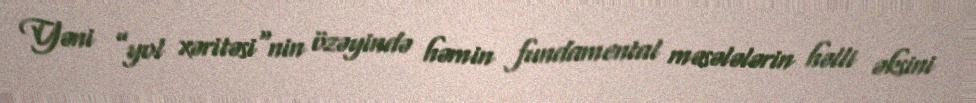
Yəni ”yol xəritəsi"nin özəyində həmin fundamental məsələlərin həlli əksini